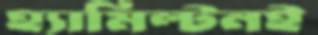
হ্যামিল্টনই